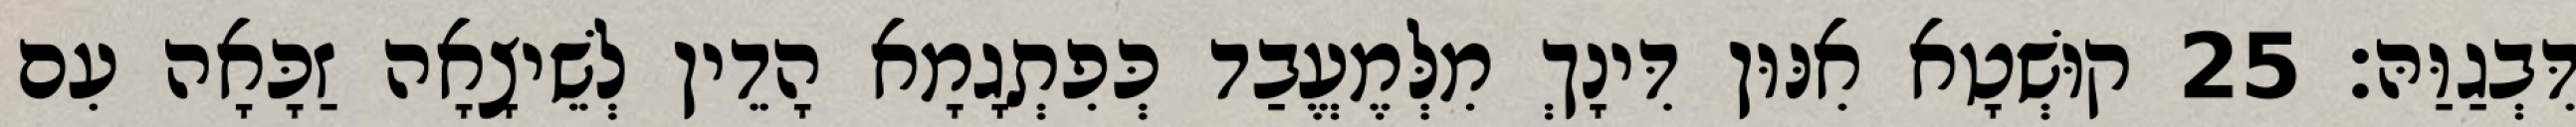
דִּבְגַוַּהּ׃ 25 קוּשְׁטָא אִנּוּן דִּינָךְ מִלְּמֶעֱבַד כְּפִתְגָמָא הָדֵין לְשֵׁיצָאָה זַכָּאָה עִם